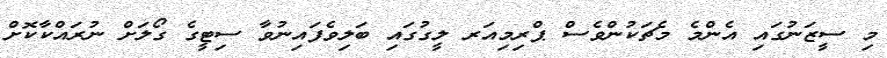
މި ސީޒަނުގައި އެންމެ މެޗަކުންވެސް ޕްރިމިއަރ ލީގުގައި ބަލިވެފައިނުވާ ސިޓީގެ ގޯލަށް ނުރައްކާކޮށް